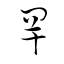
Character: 罕